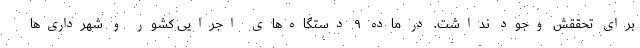
برای تحققش وجود نداشت. در ماده ۹ دستگاه‌های اجرایی کشور و شهرداری‌ها